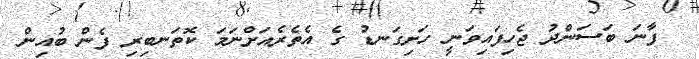
ފާނަ ބަސަންދު ޖެހިފައިވަނީ ހަށިގަނޑު ގެ އެތެރެއަށްނަމަ ކޮތަނބިރި ފެން ބުއިން